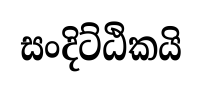
සංදිට්ඨිකයි